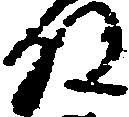
殿